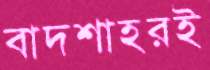
বাদশাহরই